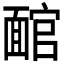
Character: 𩈬